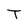
Character: T